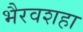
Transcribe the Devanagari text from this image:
भैरवशहा